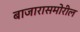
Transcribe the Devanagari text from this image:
बाजारासमोरील